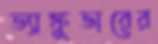
ভ্যাঙ্কুভারের